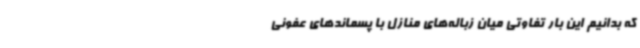
که بدانیم این بار تفاوتی میان زباله‌های منازل با پسماندهای عفونی